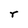
Character: r